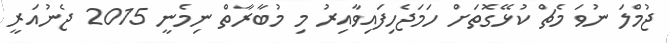
ޖުމްލަ ނުވަ މެޗް ކުޅޭގޮތަށް ހަމަޖެހިފައިވާއިރު މި މުބާރާތް ނިމެނީ 2015 ޖެނުއަރީ